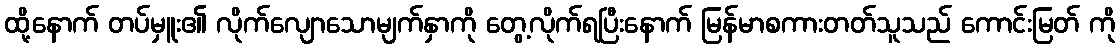
ထို့နောက် တပ်မှူး၏ လိုက်လျောသောမျက်နှာကို တွေ့လိုက်ရပြီးနောက် မြန်မာစကားတတ်သူသည် ကောင်းမြတ် ကို